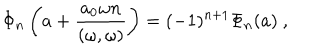
\Phi _ { n } \left( a + \frac { a _ { 0 } \omega n } { ( \omega , \omega ) } \right) = ( - 1 ) ^ { n + 1 } \Phi _ { n } ( a ) \ ,